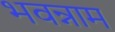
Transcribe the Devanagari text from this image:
भवन्नाम